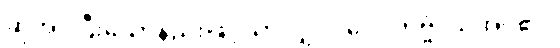
ဆိုအပ်ပြီးသောနည်းဖြင့်သာလျှင်။ ဝေဒိတဗ္ဗံ၊ သိအပ်၏။